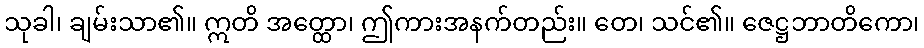
သုခါ၊ ချမ်းသာ၏။ ဣတိ အတ္ထော၊ ဤကားအနက်တည်း။ တေ၊ သင်၏။ ဇေဋ္ဌဘာတိကော၊